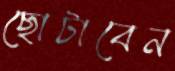
ছোটাবেন